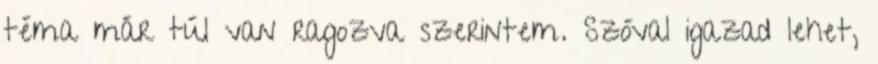
téma már túl van ragozva szerintem. Szóval igazad lehet,